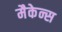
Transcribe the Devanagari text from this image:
मैकेन्स